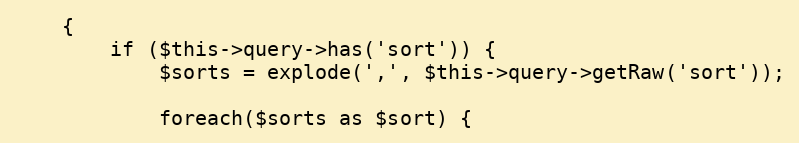
Language: PHP
    {
        if ($this->query->has('sort')) {
            $sorts = explode(',', $this->query->getRaw('sort'));

            foreach($sorts as $sort) {